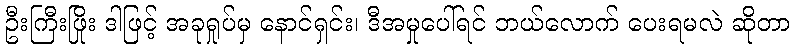
ဦးကြီးဖြိုး ဒါဖြင့် အခုရှုပ်မှ နောင်ရှင်း၊ ဒီအမှုပေါ်ရင် ဘယ်လောက် ပေးရမလဲ ဆိုတာ